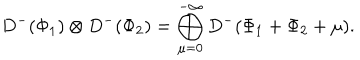
D ^ { - } ( \Phi _ { 1 } ) \otimes D ^ { - } ( \Phi _ { 2 } ) = \bigoplus _ { \mu = 0 } ^ { - \infty } D ^ { - } ( \Phi _ { 1 } + \Phi _ { 2 } + \mu ) .